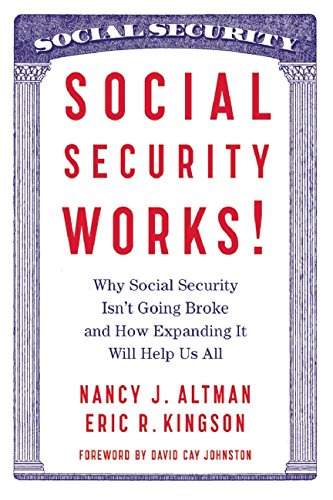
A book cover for Social Security Works!: Why Social Security IsnEEt Going Broke and How Expanding It Will Help Us All; Nancy Altman; Business & Money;